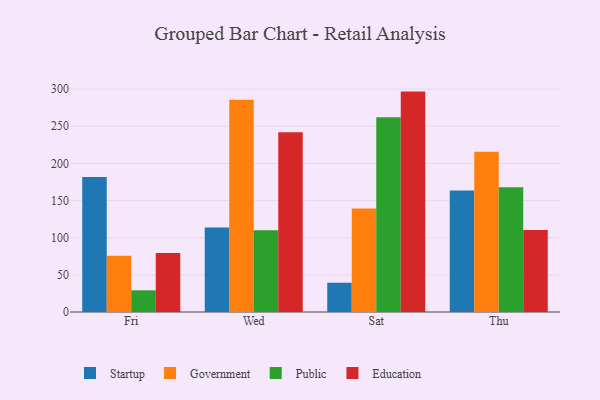
{"axis": {"x": "Day", "y": "Website Visitors"}, "legend": ["Education", "Government", "Public", "Startup"], "data": [{"x": "Fri", "y": 181.6, "type": "Startup"}, {"x": "Fri", "y": 75.8, "type": "Government"}, {"x": "Fri", "y": 29.2, "type": "Public"}, {"x": "Fri", "y": 79.5, "type": "Education"}, {"x": "Wed", "y": 113.9, "type": "Startup"}, {"x": "Wed", "y": 285.8, "type": "Government"}, {"x": "Wed", "y": 109.9, "type": "Public"}, {"x": "Wed", "y": 242.0, "type": "Education"}, {"x": "Sat", "y": 39.4, "type": "Startup"}, {"x": "Sat", "y": 139.3, "type": "Government"}, {"x": "Sat", "y": 262.2, "type": "Public"}, {"x": "Sat", "y": 296.7, "type": "Education"}, {"x": "Thu", "y": 163.7, "type": "Startup"}, {"x": "Thu", "y": 215.6, "type": "Government"}, {"x": "Thu", "y": 168.1, "type": "Public"}, {"x": "Thu", "y": 110.4, "type": "Education"}]}